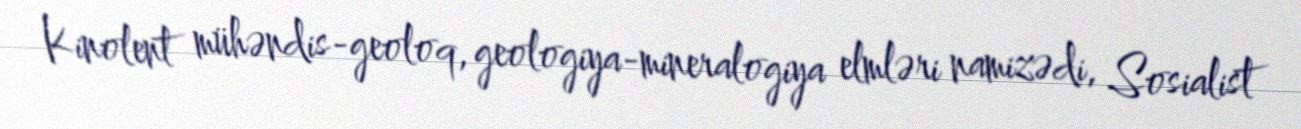
Kinolent mühəndis-geoloq, geologiya-mineralogiya elmləri namizədi, Sosialist